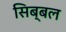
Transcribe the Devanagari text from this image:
सिब्‍बल